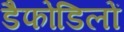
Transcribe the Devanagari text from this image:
डैफोडिलों